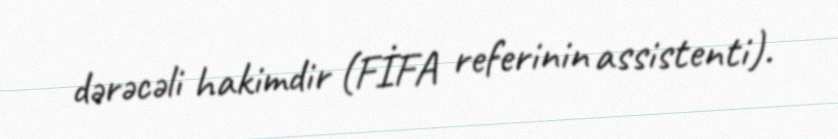
dərəcəli hakimdir (FİFA referinin assistenti).